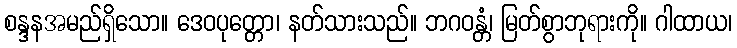
စန္ဒနအမည်ရှိသော။ ဒေဝပုတ္တော၊ နတ်သားသည်။ ဘဂဝန္တံ၊ မြတ်စွာဘုရားကို။ ဂါထာယ၊